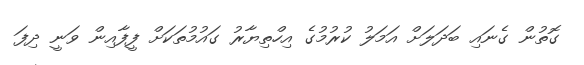
ގޮތުން ގެނައި ބަދަލަށް އަމަލު ކުރުމުގެ އިހްތިޔާރު ގައުމުތަކަށް ފީފާއިން ވަނީ ދިފަ